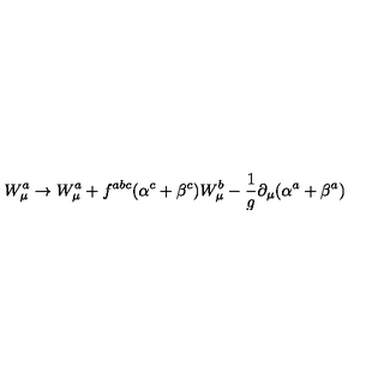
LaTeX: W _ { \mu } ^ { a } \to W _ { \mu } ^ { a } + f ^ { a b c } ( \alpha ^ { c } + \beta ^ { c } ) W _ { \mu } ^ { b } - \frac { 1 } { g } \partial _ { \mu } ( \alpha ^ { a } + \beta ^ { a } )